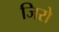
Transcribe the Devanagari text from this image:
जिरो